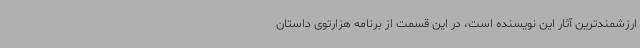
ارزشمندترین آثار این نویسنده است، در این قسمت از برنامه هزارتوی داستان